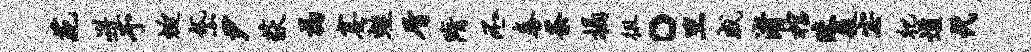
苑迸予蜓黛尹荻揭塞蛙屑隋丕泰荼榻徂。旦戚渚棺昧役宓祀遒代